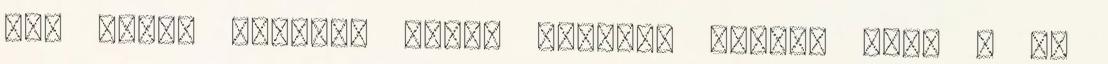
nem rájuk szavazó felét mgtette annak. "Itt a jó